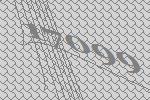
17099